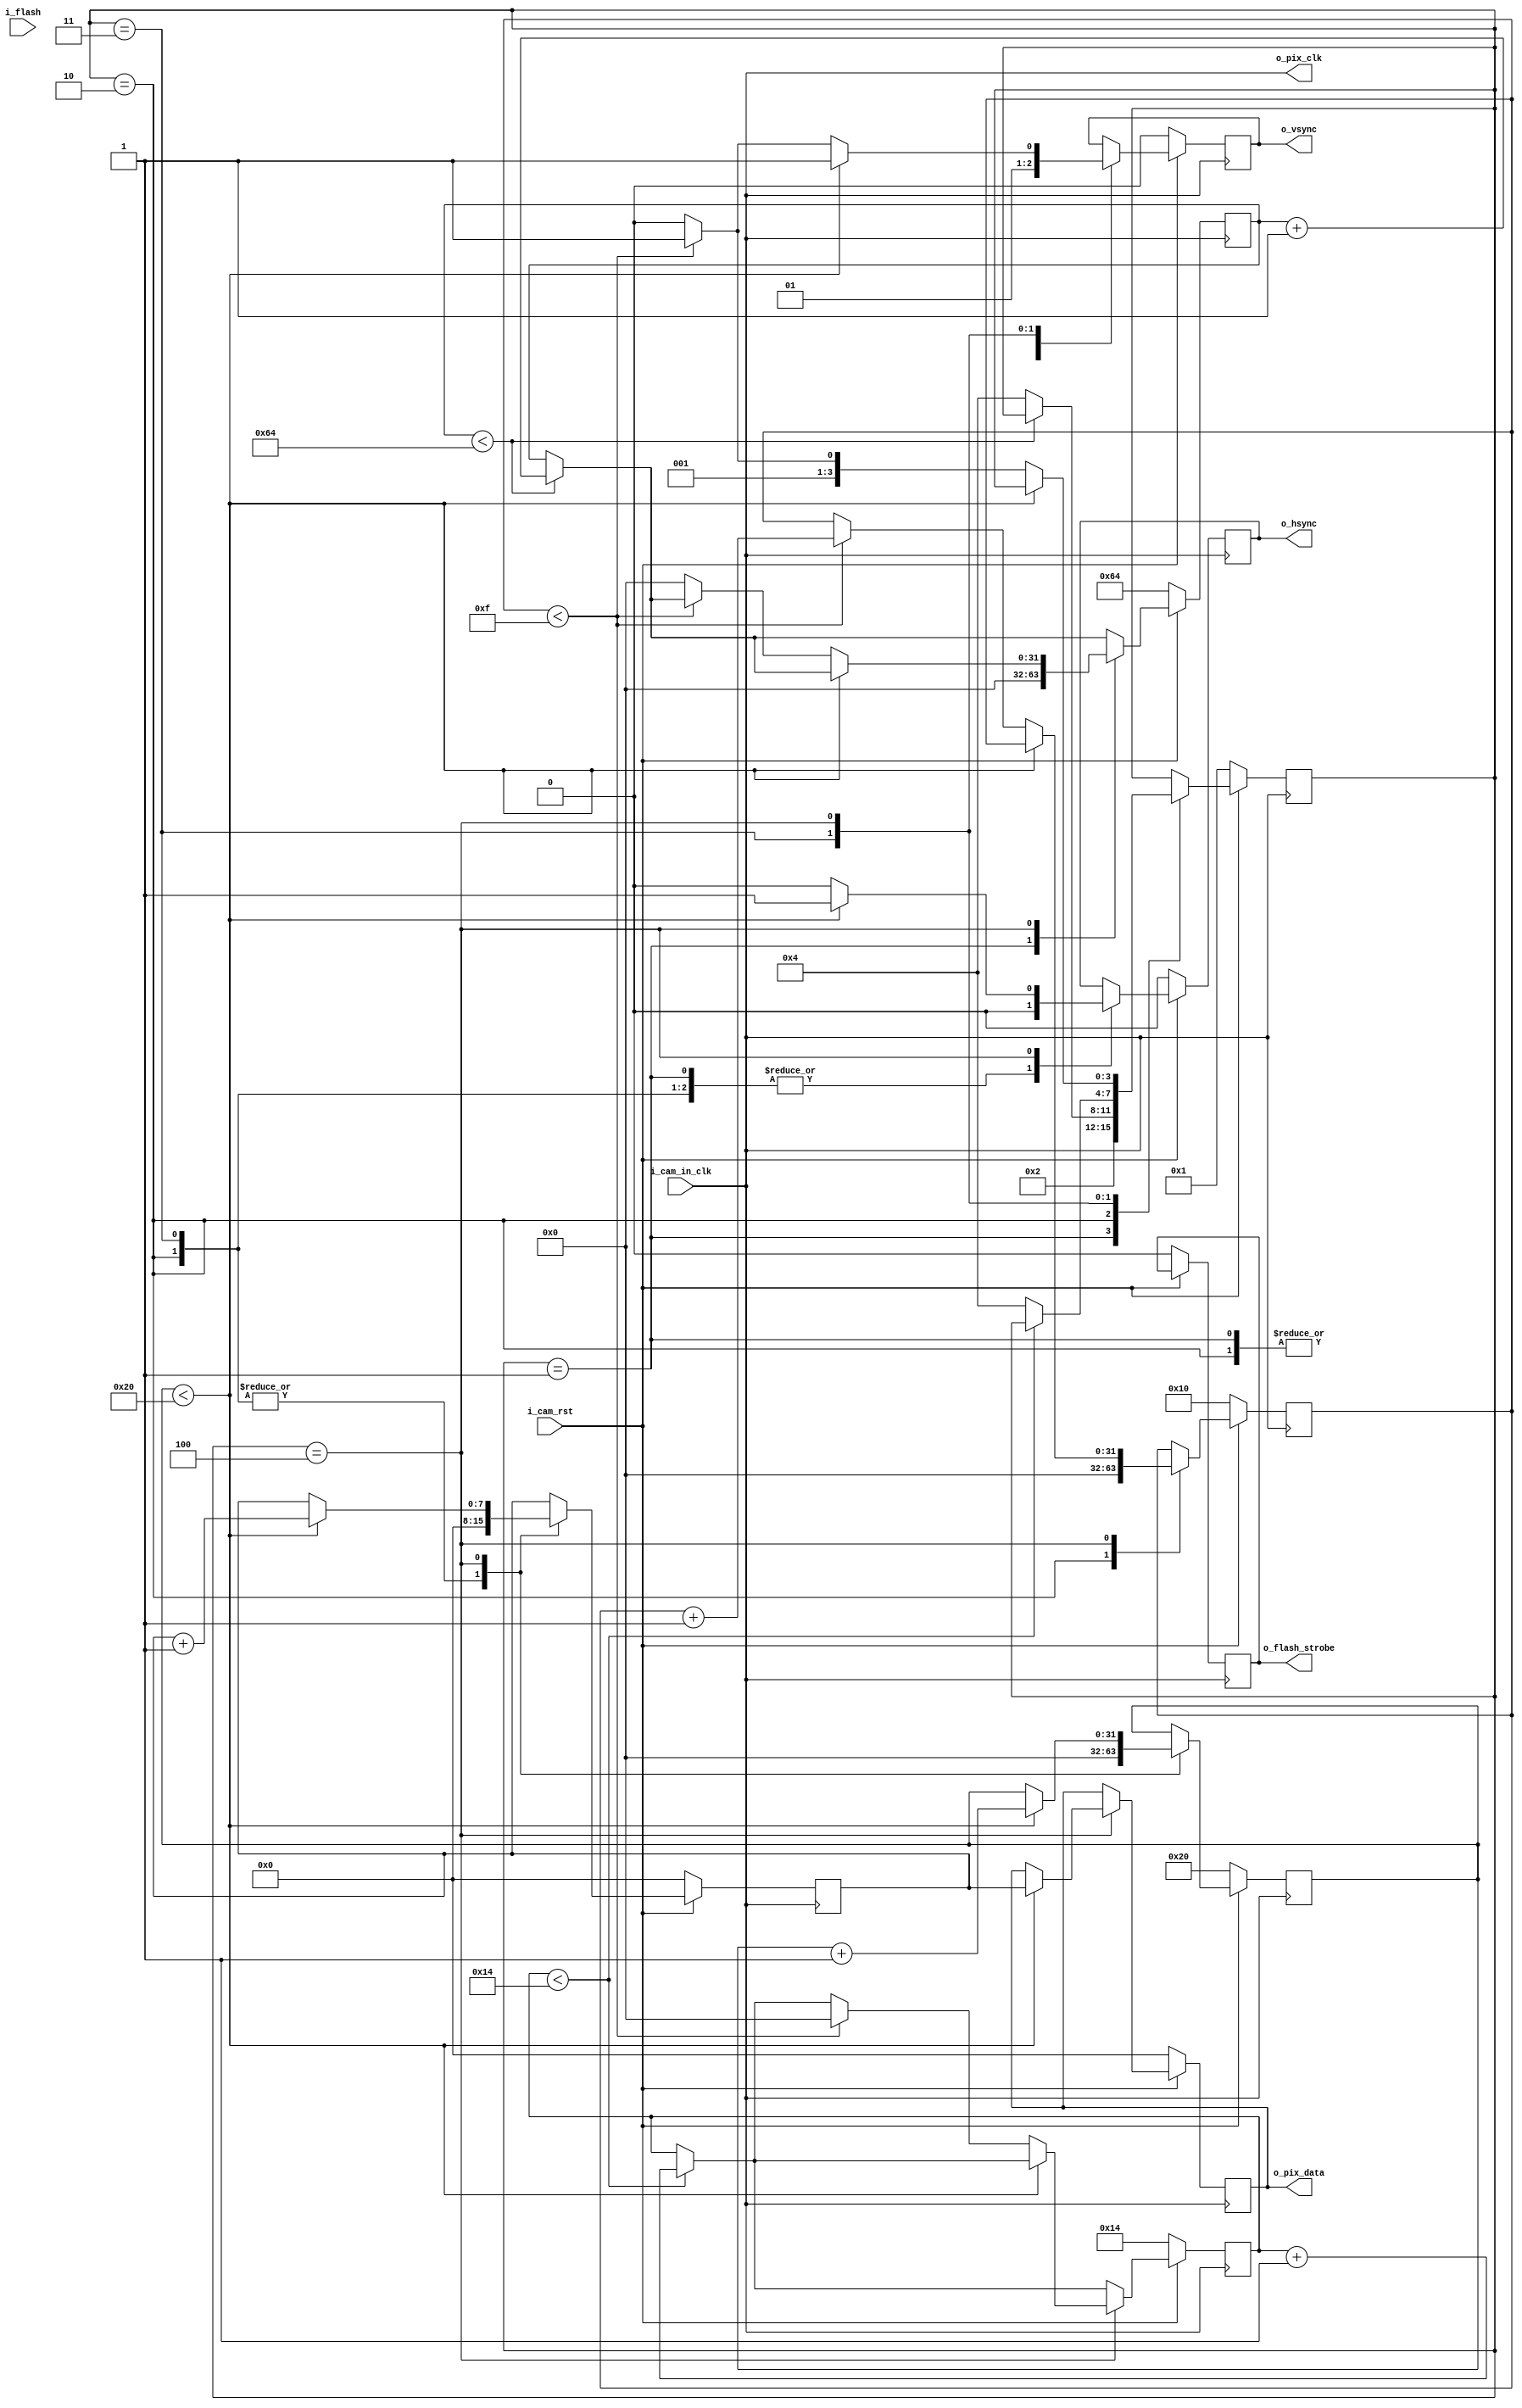
module sim_camera (
input               i_cam_in_clk,
input               i_cam_rst,
input               i_flash,
output              o_pix_clk,
output  reg         o_flash_strobe = 0,
output  reg         o_vsync = 0,
output  reg         o_hsync = 0,
output  reg [7:0]   o_pix_data = 0
);
localparam          START           = 4'h0;
localparam          INIT            = 4'h1;
localparam          VBLANK          = 4'h2;
localparam          HBLANK          = 4'h3;
localparam          WRITE_ROW       = 4'h4;
localparam          VBLANK_COUNT    = 100;
localparam          HBLANK_COUNT    = 20;
localparam          ROW_COUNT       = 32'h10;
localparam          BYTE_COUNT      = 32'h20;
reg         [31:0]  r_vblank_count  = 0;
reg         [31:0]  r_hblank_count  = 0;
reg         [31:0]  r_byte_count    = 0;
reg         [31:0]  r_row_count     = 0;
reg         [31:0]  r_byte_index    = 0;
reg         [3:0]   state           = START;
wire                w_vblank;
wire                w_hblank;
reg         [7:0]   r_data          = 8'h00;
assign  o_pix_clk       = i_cam_in_clk;
assign  w_vblank        = (r_vblank_count < VBLANK_COUNT);
assign  w_hblank        = (r_hblank_count < HBLANK_COUNT);
always @ (posedge i_cam_in_clk) begin
  if (!i_cam_rst) begin
    o_flash_strobe      <=  0;
    o_vsync             <=  0;
    o_hsync             <=  0;
    o_pix_data          <=  0;
    r_vblank_count      <=  VBLANK_COUNT;
    r_hblank_count      <=  HBLANK_COUNT;
    r_row_count         <=  ROW_COUNT;
    r_byte_count        <=  BYTE_COUNT;
    state               <=  INIT;
    r_data              <=  0;
  end
  else begin
    if (r_vblank_count < VBLANK_COUNT) begin
      r_vblank_count    <=  r_vblank_count + 1;
    end
    if (r_hblank_count < HBLANK_COUNT) begin
      r_hblank_count    <=  r_hblank_count + 1;
    end
    case (state)
      START: begin
      end
      INIT: begin
        o_vsync         <=  0;
        o_hsync         <=  0;
        r_vblank_count  <=  0;
        state           <= VBLANK;
      end
      VBLANK: begin
        o_vsync         <=  0;
        o_hsync         <=  0;
        r_data          <=  0;
        r_byte_count    <=  0;
        r_row_count     <=  0;
        if (!w_vblank) begin
          state         <=  WRITE_ROW;
        end
      end
      HBLANK: begin
        o_vsync         <=  1;
        o_hsync         <=  0;
        r_data          <=  0;
        r_byte_count    <=  0;
        if (!w_hblank) begin
          state         <=  WRITE_ROW;
        end
      end
      WRITE_ROW: begin
        o_vsync         <=  1;
        o_hsync         <=  1;
        if (r_byte_count < BYTE_COUNT) begin
          o_pix_data    <=  r_data;
          r_data        <=  r_data + 1;
          r_byte_count  <=  r_byte_count + 1;
        end
        else begin
          if (r_row_count < ROW_COUNT - 1) begin
            r_hblank_count  <=  0;
            o_hsync         <=  0;
            state           <=  HBLANK;
            r_row_count     <=  r_row_count + 1;
          end
          else begin
            r_vblank_count  <=  0;
            o_vsync         <=  0;
            o_hsync         <=  0;
            state           <=  VBLANK;
          end
        end
      end
    endcase
  end
end
endmodule